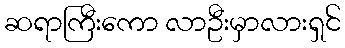
ဆရာကြီးကော လာဦးမှာလားရှင်